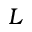
L